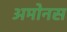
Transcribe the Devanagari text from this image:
अमोनस